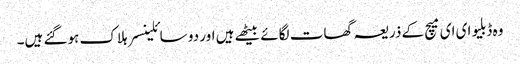
وہ ڈبلیو ای ای میچ کے ذریعہ گھات لگائے بیٹھے ہیں اور دو سائلینسر ہلاک ہوگئے ہیں۔